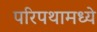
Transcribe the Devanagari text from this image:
परिपथामध्ये